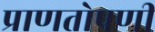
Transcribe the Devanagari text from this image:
प्राणतोषणी